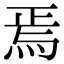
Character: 焉